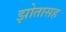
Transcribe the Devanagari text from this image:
झोतासह